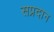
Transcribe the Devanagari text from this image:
सप्रदान